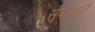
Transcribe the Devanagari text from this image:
सुपरनोवे